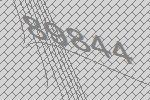
89844